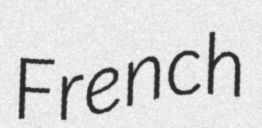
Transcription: French